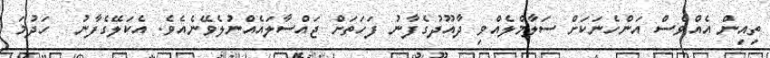
ތިއިން އެއްވެސް އަންހެނަކަށް ސަލާމްލެއްވި ދާއޫދުގެފާނު ފަހަތަށް ޖައްސާލައެއްނުލެވޭނެއެވެ. އެކަލޭގެފާނު  ހަދުމަ